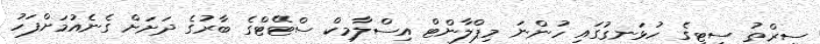
ސިރްތު ސިޓީގެ ހުޅަނގުގައި ހުންނަ މިޕްލާންޓް އިސްލާމިކް ސްޓޭޓްގެ ބާރުގެ ދަށަށް ގެނެއުމަށްފަހު